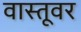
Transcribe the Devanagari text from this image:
वास्तूवर